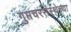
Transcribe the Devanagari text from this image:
गुप्तचरसंस्थेच्या